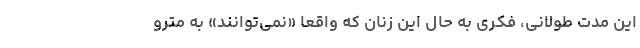
این مدت طولانی، فکری به حال این زنان که واقعاً «نمی‌توانند» به مترو